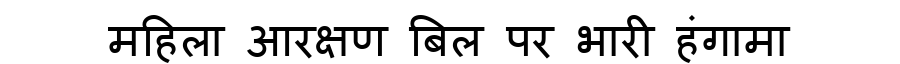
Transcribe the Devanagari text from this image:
महिला आरक्षण बिल पर भारी हंगामा